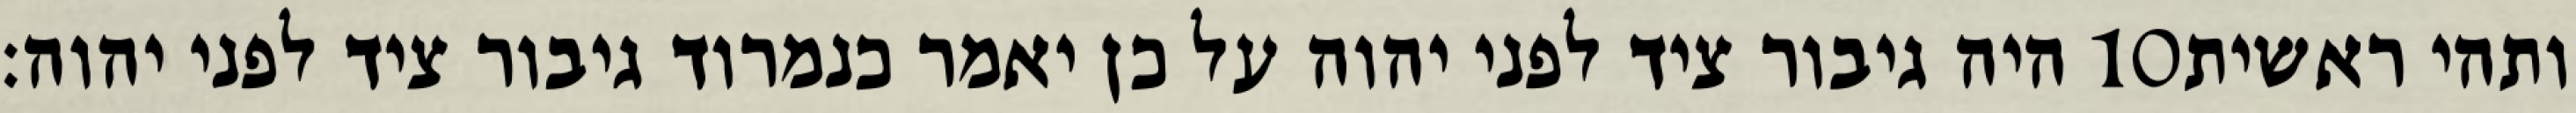
היה גיבור ציד לפני יהוה על כן יאמר כנמרוד גיבור ציד לפני יהוה׃ ‎10‏ ותהי ראשית